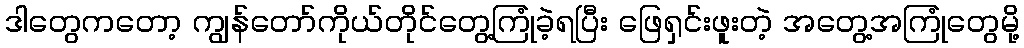
ဒါတွေကတော့ ကျွန်တော်ကိုယ်တိုင်တွေ့ကြုံခဲ့ရပြီး ဖြေရှင်းဖူးတဲ့ အတွေ့အကြုံတွေမို့